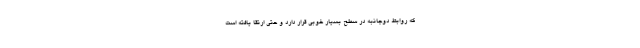
که روابط دوجانبه در سطح بسیار خوبی قرار دارد و حتی ارتقا یافته است